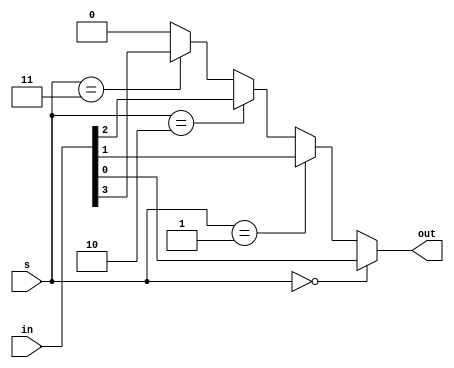
module fourbitmux(in, s, out);
	input wire[3: 0] in;
	input wire[1: 0] s;
	output wire out;
	reg _out;
	always @(in or s)
		if(s == 2'b00)
			_out = in[0];
		else if(s == 2'b01)
			_out = in[1];
		else if(s == 2'b10)
			_out = in[2];
		else if(s == 2'b11)
			_out = in[3];
		else
			_out = 1'b0;
	assign out = _out;
endmodule